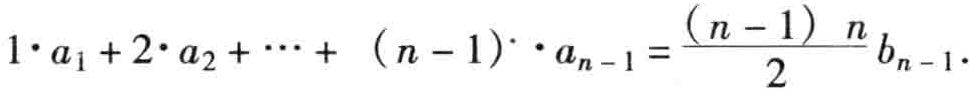
\(1\cdot a_{1}+2\cdot a_{2}+\cdots+(n - 1)\cdot a_{n - 1}=\frac{(n - 1)n}{2}b_{n - 1}\)